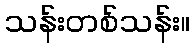
သန်းတစ်သန်း။